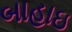
બાહાઇ